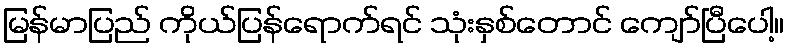
မြန်မာပြည် ကိုယ်ပြန်ရောက်ရင် သုံးနှစ်တောင် ကျော်ပြီပေါ့။